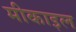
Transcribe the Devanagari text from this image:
मीकाइल